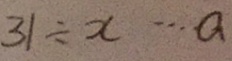
3 1 \div x \cdots a